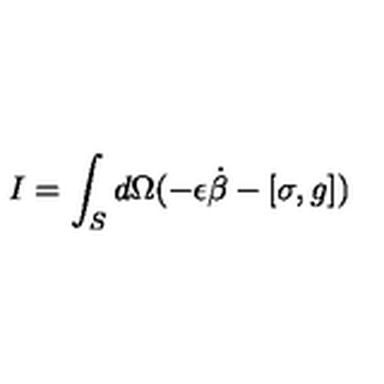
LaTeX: I = \int _ { S } d \Omega ( - \epsilon \dot { \beta } - [ \sigma , g ] )